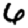
Digit: 6